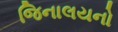
જિનાલયનો